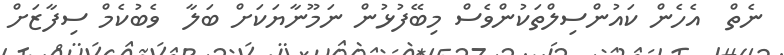
ނެތް  އެހެން ކައުންސިލްތަކުންވެސް މިބޭފުޅުން ނަމޫނާޔަކަށް ބަލާ  ވެބުކެމް ސިފާޒަށް